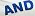
AND